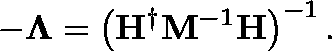
- \mathbf { \Lambda } = \left( \mathbf { H } ^ { \dagger } \mathbf { M } ^ { - 1 } \mathbf { H } \right) ^ { - 1 } .